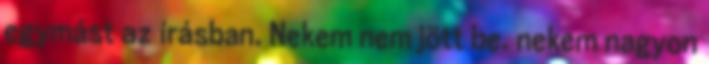
egymást az írásban. Nekem nem jött be. nekem nagyon